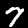
Digit: 7